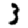
Digit: 3